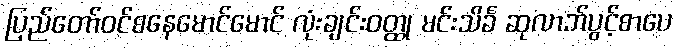
ပြည်တော်ဝင်စနေမောင်မောင် လုံးချင်းဝတ္ထု မင်းသိင်္ခ ဆုလာဘ်ပွင့်စာပေ